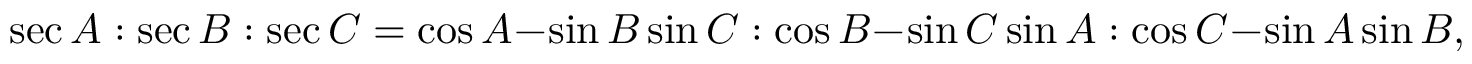
\sec A : \sec B : \sec C = \cos A - \sin B \sin C : \cos B - \sin C \sin A : \cos C - \sin A \sin B ,